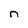
Character: n